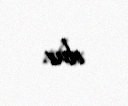
olur.